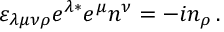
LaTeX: \varepsilon _ { \lambda \mu \nu \rho } e ^ { \lambda \ast } e ^ { \mu } n ^ { \nu } = - i n _ { \rho } \, .